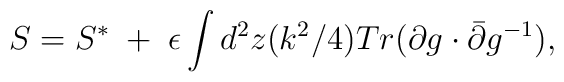
S=S^{*}\;+\;\epsilon\int d^2z(k^2/4) Tr(\partial g\cdot\bar\partial g^{-1}),